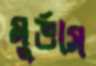
মুর্ভাস